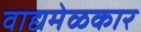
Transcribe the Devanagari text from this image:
वाद्यमेळकार